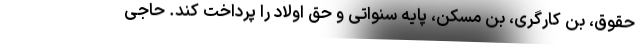
حقوق، بن کارگری، بن مسکن، پایه سنواتی و حق اولاد را پرداخت کند. حاجی